Civil Veterinary Dept. Bombay admin report 1932-41 - 1932-1941
Year: 1932
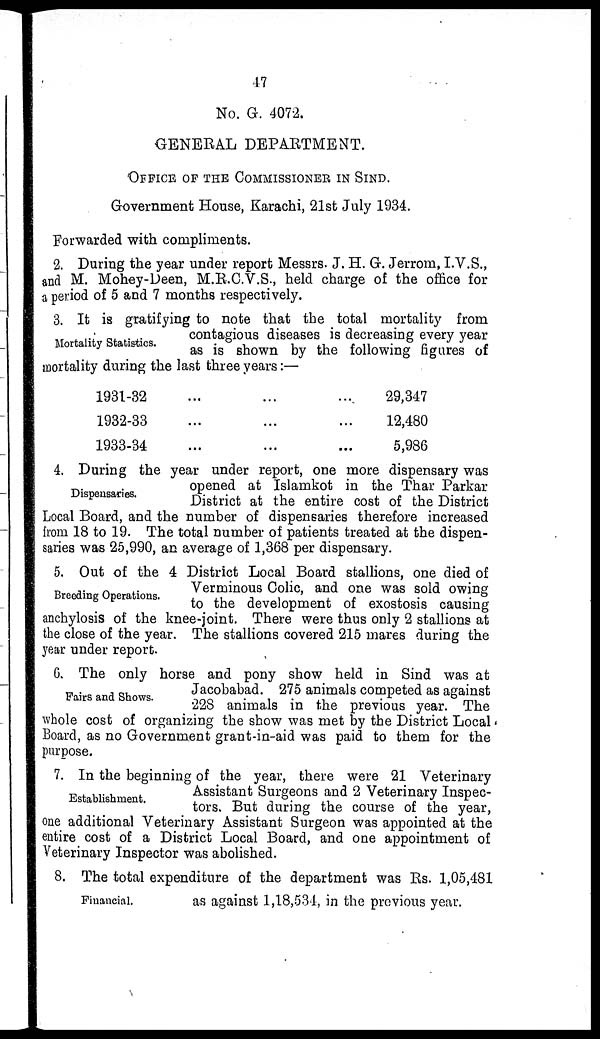
47
No. G. 4072.
GENERAL DEPARTMENT.
OFFICE OF THE COMMISSIONER IN SIND.
Government House, Karachi, 21st July 1934.
Forwarded with compliments.
2. During the year under report Messrs. J. H. G. Jerrom, I.V.S.,
and M. Mohey-Deen, M.R.C.V.S., held charge of the office for
a period of 5 and 7 months respectively.
Mortality Statistics.
3. It is gratifying to note that the total mortality from
contagious diseases is decreasing every year
as is shown by the following figures of
mortality during the last three years:—
1931-32
1932-33
1933-34
...
...
...
...
...
...
...
...
...
29,347
12,480
5,986
Dispensaries.
4. During the year under report, one more dispensary was
opened at Islamkot in the Thar Parkar
District at the entire cost of the District
Local Board, and the number of dispensaries therefore increased
from 18 to 19. The total number of patients treated at the dispen-
saries was 25,990, an average of 1,368 per dispensary.
Breeding Operations.
5. Out of the 4 District Local Board stallions, one died of
Verminous Colic, and one was sold owing
to the development of exostosis causing
anchylosis of the knee-joint. There were thus only 2 stallions at
the close of the year. The stallions covered 215 mares during the
year under report.
Fairs and Shows.
6. The only horse and pony show held in Sind was at
Jacobabad. 275 animals competed as against
228 animals in the previous year. The
whole cost of organizing the show was met by the District Local
Board, as no Government grant-in-aid was paid to them for the
purpose.
Establishment.
7. In the beginning of the year, there were 21 Veterinary
Assistant Surgeons and 2 Veterinary Inspec-
tors. But during the course of the year,
one additional Veterinary Assistant Surgeon was appointed at the
entire cost of a District Local Board, and one appointment of
Veterinary Inspector was abolished.
Financial.
8. The total expenditure of the department was Rs. 1,05,481
as against 1,18,531, in the previous year.